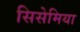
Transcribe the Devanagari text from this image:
सिसेमिया